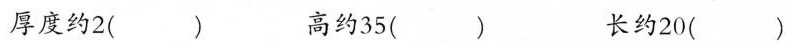
厚度约2() 高约35() 长约20()